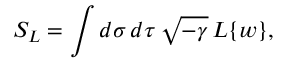
{ \cal S } _ { \cal L } = \int d \sigma \, d \tau \, \sqrt { - \gamma } \, { \cal L } \{ w \} ,